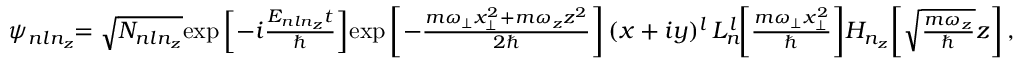
\begin{array} { r } { \psi _ { n l n _ { z } } \! \! = \sqrt { N _ { n l n _ { z } } } \! \exp \left[ - i \frac { E _ { n l n _ { z } } t } { \hbar } \right] \! \exp \left[ - \frac { m \omega _ { \perp } x _ { \perp } ^ { 2 } + m \omega _ { z } z ^ { 2 } } { 2 \hbar } \right] ( x + i y ) ^ { l } \, L _ { n } ^ { l } \! \! \left[ \frac { m \omega _ { \perp } x _ { \perp } ^ { 2 } } { \hbar } \right] \! H _ { n _ { z } } \! \left[ \sqrt { \frac { m \omega _ { z } } { \hbar } } z \right] , } \end{array}